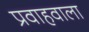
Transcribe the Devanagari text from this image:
प्रवाहवाला